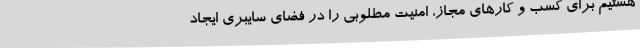
هستیم برای کسب و کارهای مجاز، امنیت مطلوبی را در فضای سایبری ایجاد